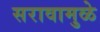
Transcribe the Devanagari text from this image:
सरावामुळे